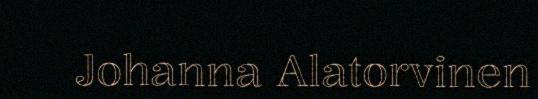
Johanna Alatorvinen